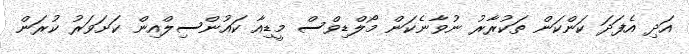
އަދި އެފަދަ ކަންކަން ތަކުރާރު ނުވާނެކަން މޯލްޑިވްސް މީޑިއާ ކައުންސިލްއިން ކަށަވަރު ކުރަން